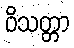
ဝိသတ္တာ